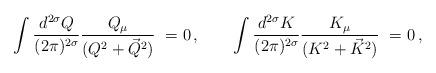
LaTeX: \begin{align*}\int \frac {d^{2\sigma}Q}{(2\pi)^{2\sigma}} \frac {Q_\mu}{(Q^2+\vec{Q}^2)}\ =0\,, \qquad \int \frac {d^{2\sigma}K}{(2\pi)^{2\sigma}} \frac {K_\mu}{(K^2+\vec{K}^2)}\ =0\,,\end{align*}